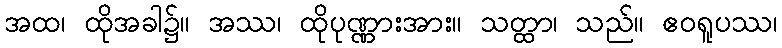
အထ၊ ထိုအခါ၌။ အဿ၊ ထိုပုဏ္ဏားအား။ သတ္ထာ၊ သည်။ ဧဝရူပဿ၊